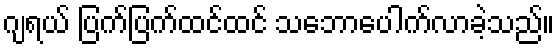
ဂျရယ် ပြက်ပြက်ထင်ထင် သဘောပေါက်လာခဲ့သည်။